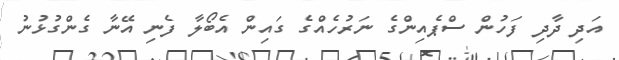
އަދި ދާދި ފަހުން ސްޕެއިންގެ ނަރުހެއްގެ ގައިން އެބޯލާ ފެނި އޭނާ ގެންގުޅުނު